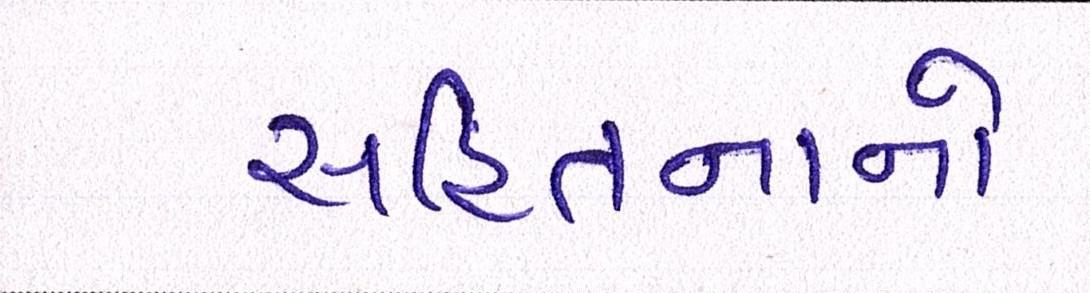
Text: સહિતનાનો